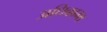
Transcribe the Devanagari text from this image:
अधिकाम्श